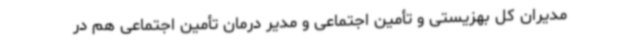
مدیران کل بهزیستی و تأمین اجتماعی و مدیر درمان تأمین اجتماعی هم در